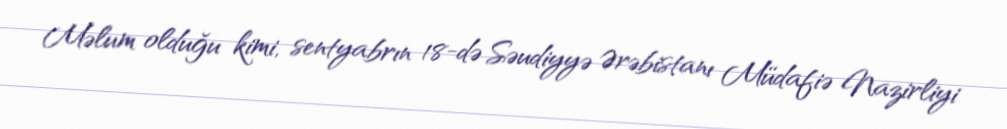
Məlum olduğu kimi, sentyabrın 18-də Səudiyyə Ərəbistanı Müdafiə Nazirliyi